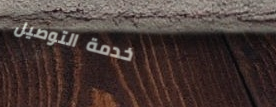
خدمة التوصيل